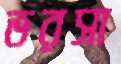
ভরসা